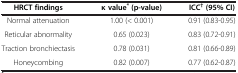
| HRCT findings | κ value* (p-value) | ICC† (95% CI) |
 | --- | --- | --- |
 | Normal attenuation | 1.00 (< 0.001) | 0.91 (0.83-0.95) |
 | Reticular abnormality | 0.65 (0.023) | 0.83 (0.72-0.91) |
 | Traction bronchiectasis | 0.78 (0.031) | 0.81 (0.66-0.89) |
 | Honeycombing | 0.82 (0.007) | 0.77 (0.62-0.87) |